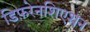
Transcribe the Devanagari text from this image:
डिफ़रेनशिएशन